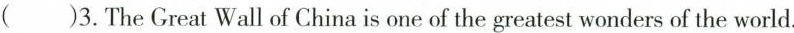
( )3.The Great Wall of China is one of the greatest wonders of the world。